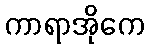
ကာရာအိုကေ